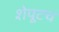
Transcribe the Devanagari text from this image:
शेपूटच